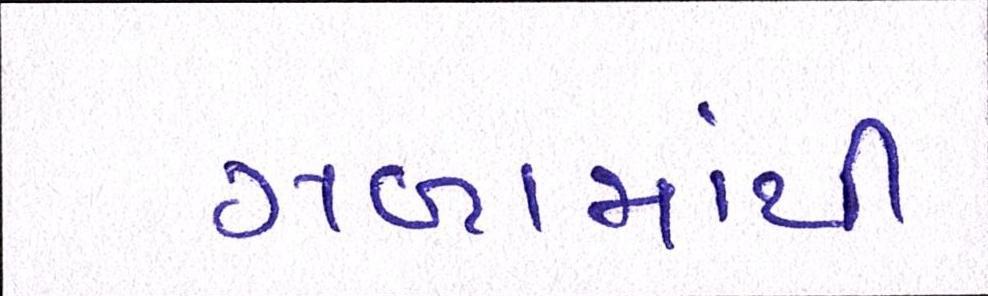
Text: ગળામાંથી